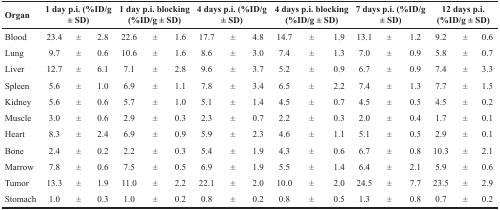
<table><thead><tr><td><b>Organ</b></td><td colspan="3"><b>1 day p.i. (%ID/g ± SD)</b></td><td colspan="3"><b>1 day p.i. blocking (%ID/g ± SD)</b></td><td colspan="3"><b>4 days p.i. (%ID/g ± SD)</b></td><td colspan="3"><b>4 days p.i. blocking (%ID/g ± SD)</b></td><td colspan="3"><b>7 days p.i. (%ID/g ± SD)</b></td><td colspan="3"><b>12 days p.i. (%ID/g ± SD)</b></td></tr></thead><tbody><tr><td>Blood</td><td>23.4</td><td>±</td><td>2.8</td><td>22.6</td><td>±</td><td>1.6</td><td>17.7</td><td>±</td><td>4.8</td><td>14.7</td><td>±</td><td>1.9</td><td>13.1</td><td>±</td><td>1.2</td><td>9.2</td><td>±</td><td>0.6</td></tr><tr><td>Lung</td><td>9.7</td><td>±</td><td>0.6</td><td>10.6</td><td>±</td><td>1.6</td><td>8.6</td><td>±</td><td>3.0</td><td>7.4</td><td>±</td><td>1.3</td><td>7.0</td><td>±</td><td>0.9</td><td>5.8</td><td>±</td><td>0.7</td></tr><tr><td>Liver</td><td>12.7</td><td>±</td><td>6.1</td><td>7.1</td><td>±</td><td>2.8</td><td>9.6</td><td>±</td><td>3.7</td><td>5.2</td><td>±</td><td>0.9</td><td>6.7</td><td>±</td><td>0.9</td><td>7.4</td><td>±</td><td>3.3</td></tr><tr><td>Spleen</td><td>5.6</td><td>±</td><td>1.0</td><td>6.9</td><td>±</td><td>1.1</td><td>7.8</td><td>±</td><td>3.4</td><td>6.5</td><td>±</td><td>2.2</td><td>7.4</td><td>±</td><td>1.3</td><td>7.7</td><td>±</td><td>1.5</td></tr><tr><td>Kidney</td><td>5.6</td><td>±</td><td>0.6</td><td>5.7</td><td>±</td><td>1.0</td><td>5.1</td><td>±</td><td>1.4</td><td>4.5</td><td>±</td><td>0.7</td><td>4.5</td><td>±</td><td>0.5</td><td>4.5</td><td>±</td><td>0.2</td></tr><tr><td>Muscle</td><td>3.0</td><td>±</td><td>0.6</td><td>2.9</td><td>±</td><td>0.3</td><td>2.3</td><td>±</td><td>0.7</td><td>2.2</td><td>±</td><td>0.3</td><td>2.0</td><td>±</td><td>0.4</td><td>1.7</td><td>±</td><td>0.1</td></tr><tr><td>Heart</td><td>8.3</td><td>±</td><td>2.4</td><td>6.9</td><td>±</td><td>0.9</td><td>5.9</td><td>±</td><td>2.3</td><td>4.6</td><td>±</td><td>1.1</td><td>5.1</td><td>±</td><td>0.5</td><td>2.9</td><td>±</td><td>0.1</td></tr><tr><td>Bone</td><td>2.4</td><td>±</td><td>0.2</td><td>2.2</td><td>±</td><td>0.3</td><td>5.4</td><td>±</td><td>1.9</td><td>4.3</td><td>±</td><td>0.6</td><td>6.7</td><td>±</td><td>0.8</td><td>10.3</td><td>±</td><td>2.1</td></tr><tr><td>Marrow</td><td>7.8</td><td>±</td><td>0.6</td><td>7.5</td><td>±</td><td>0.5</td><td>6.9</td><td>±</td><td>1.9</td><td>5.5</td><td>±</td><td>1.4</td><td>6.4</td><td>±</td><td>2.1</td><td>5.9</td><td>±</td><td>0.6</td></tr><tr><td>Tumor</td><td>13.3</td><td>±</td><td>1.9</td><td>11.0</td><td>±</td><td>2.2</td><td>22.1</td><td>±</td><td>2.0</td><td>10.0</td><td>±</td><td>2.0</td><td>24.5</td><td>±</td><td>7.7</td><td>23.5</td><td>±</td><td>2.9</td></tr><tr><td>Stomach</td><td>1.0</td><td>±</td><td>0.3</td><td>1.0</td><td>±</td><td>0.2</td><td>0.8</td><td>±</td><td>0.2</td><td>0.8</td><td>±</td><td>0.5</td><td>1.3</td><td>±</td><td>0.8</td><td>0.7</td><td>±</td><td>0.2</td></tr></tbody></table>